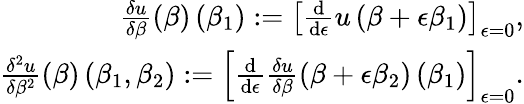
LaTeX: \begin{array}{r}{\frac{\delta u}{\delta\beta}\left(\beta\right)\left(\beta_{1}\right):=\left[\frac{\mathrm{d}}{\mathrm{d}\epsilon}u\left(\beta+\epsilon\beta_{1}\right)\right]_{\epsilon=0},}\\ {\frac{\delta^{2}u}{\delta\beta^{2}}\left(\beta\right)\left(\beta_{1},\beta_{2}\right):=\left[\frac{\mathrm{d}}{\mathrm{d}\epsilon}\frac{\delta u}{\delta\beta}\left(\beta+\epsilon\beta_{2}\right)\left(\beta_{1}\right)\right]_{\epsilon=0}.}\end{array}